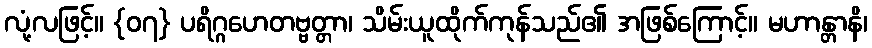
လုံ့လဖြင့်။ {၀၇} ပရိဂ္ဂဟေတဗ္ဗတ္တာ၊ သိမ်းယူထိုက်ကုန်သည်၏ အဖြစ်ကြောင့်။ မဟာန္တာနိ၊